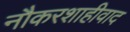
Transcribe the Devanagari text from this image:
नौकरशाहीवाद